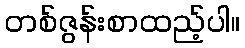
တစ်ဇွန်းစာထည့်ပါ။